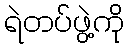
ရဲတပ်ဖွဲ့ကို